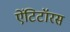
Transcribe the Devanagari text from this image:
ऐंटिटॉरस